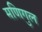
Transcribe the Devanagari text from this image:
मणिगुल